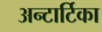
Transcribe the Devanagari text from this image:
अन्टार्टिका